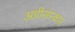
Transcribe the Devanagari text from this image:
अग्नीसंस्कार